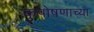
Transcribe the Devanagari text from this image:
कुपोषणाच्या